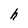
Character: h